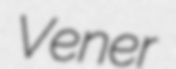
Vener